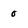
Character: 0